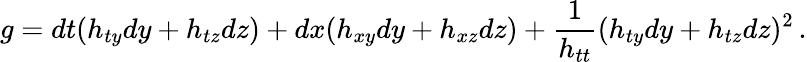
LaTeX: g=dt(h_{ty}dy+h_{tz}dz)+dx(h_{xy}dy+h_{xz}dz)+{\frac{1}{h_{tt}}}(h_{ty}dy+h_{tz}dz)^{2}\, .